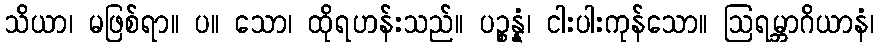
သိယာ၊ မဖြစ်ရာ။ ပ။ သော၊ ထိုရဟန်းသည်။ ပဉ္စန္နံ၊ ငါးပါးကုန်သော။ ဩရမ္ဘာဂိယာနံ၊